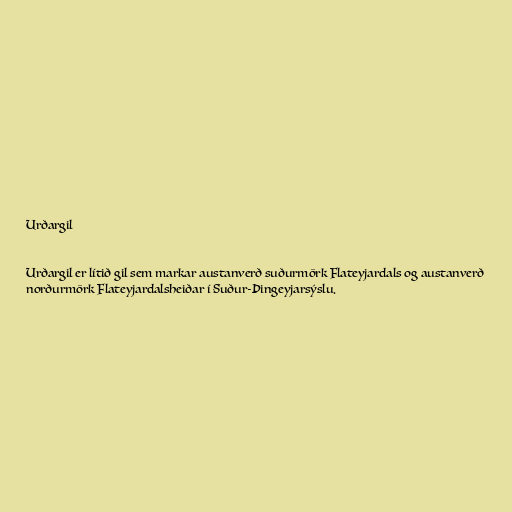
Urðargil

Urðargil er lítið gil sem markar austanverð suðurmörk Flateyjardals og austanverð
norðurmörk Flateyjardalsheiðar í Suður-Þingeyjarsýslu.